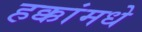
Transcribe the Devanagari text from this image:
हक्कांमधे